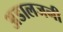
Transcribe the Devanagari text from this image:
अडालजनी